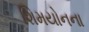
શિમયોનના